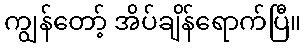
ကျွန်တော့် အိပ်ချိန်ရောက်ပြီ။